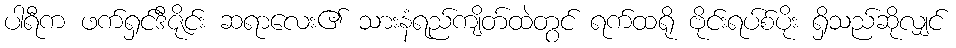
ပါရီက ဖက်ရှင်ဒီဇိုင်း ဆရာလေး၏ သားနံရည်ကျိတ်ထဲတွင် ရက်ထရို ဗိုင်းရပ်စ်ပိုး ရှိသည်ဆိုလျှင်